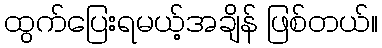
ထွက်ပြေးရမယ့်အချိန် ဖြစ်တယ်။